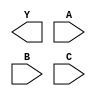
module sky130_fd_sc_hs__nand3 (
    Y,
    A,
    B,
    C
);

    output Y;
    input  A;
    input  B;
    input  C;

    // Voltage supply signals
    supply1 VPWR;
    supply0 VGND;

endmodule